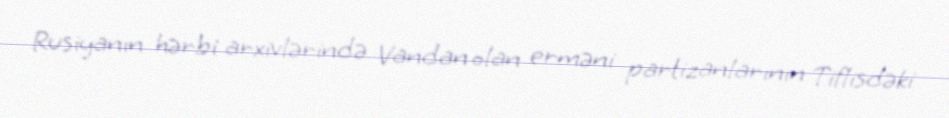
Rusiyanın hərbi arxivlərində Vandan olan erməni partizanlarının Tiflisdəki